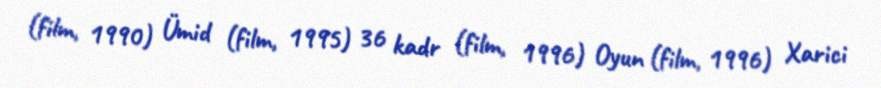
(film, 1990) Ümid (film, 1995) 36 kadr (film, 1996) Oyun (film, 1996) Xarici